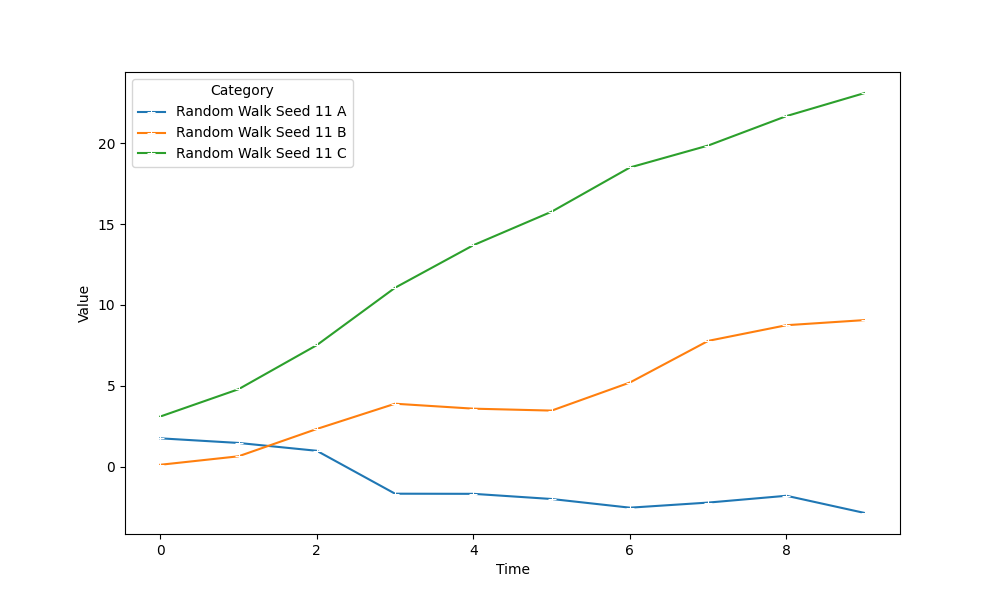
python, seaborn, lineplot, style='solid', marker='+'